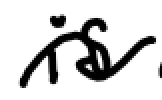
Text: is
Cross-out: wave
Writing tool: digital_black